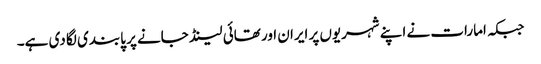
جبکہ امارات نے اپنے شہریوں پر ایران اور تھائی لینڈ جانے پر پابندی لگا دی ہے۔